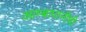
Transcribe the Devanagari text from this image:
आम्बापानीची